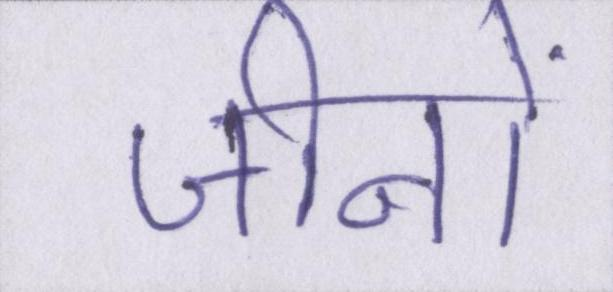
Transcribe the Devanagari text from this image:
जीनों